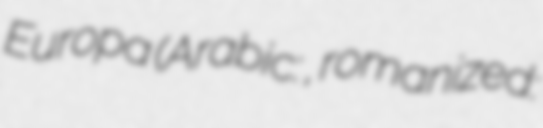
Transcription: Europa (Arabic: أوروبا, romanized: